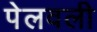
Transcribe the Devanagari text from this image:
पेलवली